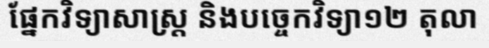
ផ្នែកវិទ្យាសាស្ត្រ និងបច្ចេកវិទ្យា១២ តុលា